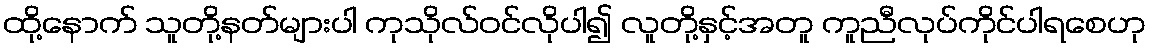
ထို့နောက် သူတို့နတ်များပါ ကုသိုလ်ဝင်လိုပါ၍ လူတို့နှင့်အတူ ကူညီလုပ်ကိုင်ပါရစေဟု